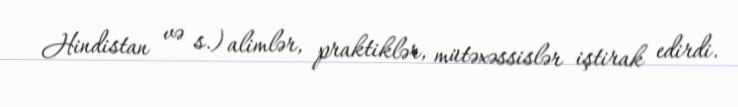
Hindistan və s.) alimlər, praktiklər, mütəxəssislər iştirak edirdi.